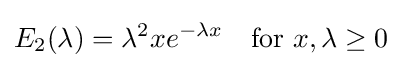
E_{2}(\lambda )={\lambda ^{2}x}e^{-\lambda x}\quad {\mbox{for }}x,\lambda \geq 0